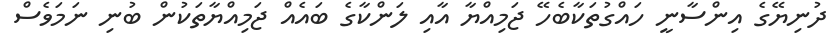
ދުނިޔޭގެ އިންސާނީ ހައްގުތަކާބެހޭ ޖަމިއްޔާ އާއި ލަންކާގެ ބައެއް ޖަމިއްޔާތަކުން ބުނި ނަމަވެސް